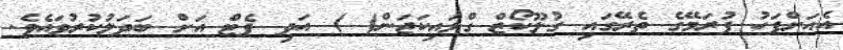
އެއަށްފަހު ފުރަމޭގެ ތެރޭގައި ގުލޫކޯޒް ގްލައިކަޖަން( ) އަދި ފެޓް އަށް ބަދަލުކުރުވައެވެ.